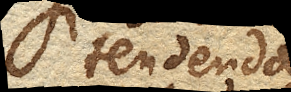
tendenda